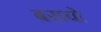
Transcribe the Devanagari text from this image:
बरायो